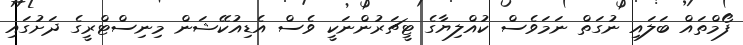
ފޯމްތައް ބަލައި ނުގަތް ނަމަވެސް ކުއްލިޔާގެ ޓީޗަރުންނަކީ ވެސް އެޑިއުކޭޝަން މިނިސްޓްރީގެ ދަށުގައި